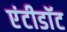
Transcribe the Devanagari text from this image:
एंटीडाॅट